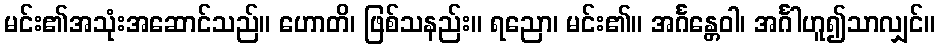
မင်း၏အသုံးအဆောင်သည်။ ဟောတိ၊ ဖြစ်သနည်း။ ရညော၊ မင်း၏။ အင်္ဂန္တေဝါ၊ အင်္ဂါဟူ၍သာလျှင်။